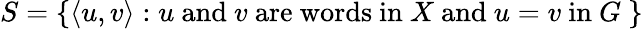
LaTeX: S=\{ \langle u,v\rangle:u{\mathrm{~and~}}v{\mathrm{~are~words~in~}}X{\mathrm{~and~}}u=v{\mathrm{~in~}}G\ \}